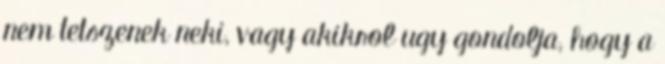
nem tetszenek neki, vagy akikrol ugy gondolja, hogy a